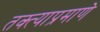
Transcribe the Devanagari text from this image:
तक्त्याप्रमाणे